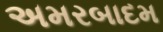
અમરબાદમ